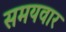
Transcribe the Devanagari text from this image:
समयवार